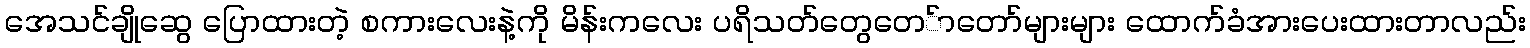
အေသင်ချိုဆွေ ပြောထားတဲ့ စကားလေးနဲ့ကို မိန်းကလေး ပရိသတ်တွေတေ်ာတော်များများ ထောက်ခံအားပေးထားတာလည်း